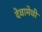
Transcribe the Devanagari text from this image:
देवामेची